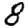
Digit: 8